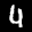
Label: 4